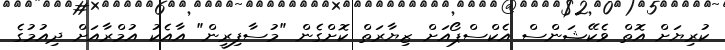
ކުރިޔަށް އޮތް ވެކޭޝަންސް އެކްސްޕޯއަށް ޒިޔާރަތް ކޮށްގެން "މުސާފިރީން" އާއެކު އުމްރާއަށް ދިއުމުގެ